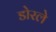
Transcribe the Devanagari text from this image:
डोरले